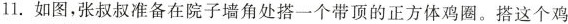
11. 如图，张叔叔准备在院子墙角处搭一个带项的正方体鸡圈。搭这个鸡